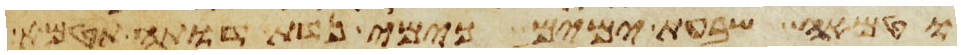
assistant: וטמאה שבעת ימים כימי נדת דותה תטמא